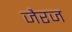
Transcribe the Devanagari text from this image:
जैरज